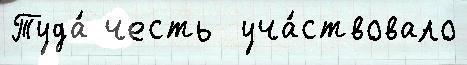
Туда́ честь  уча́ствовало